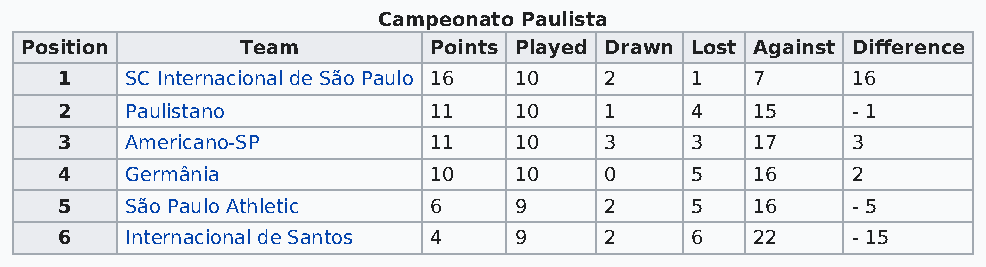
Campeonato Paulista
 Position       Team        Points Played Drawn Lost Against Difference
 1   SC Internacional de São Paulo 16 10 2 1   7     16
 2   Paulistano          11    10    1     4   15    - 1
 3   Americano-SP        11    10    3     3   17    3
 4   Germânia            10    10    0     5   16    2
 5   São Paulo Athletic  6     9     2     5   16    - 5
 6   Internacional de Santos 4 9     2     6   22    - 15